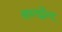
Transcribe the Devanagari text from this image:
अन्तर्द्वेन्द